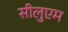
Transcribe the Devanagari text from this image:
सीलुएम